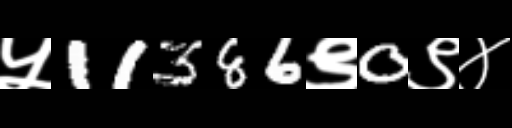
Text: ५11386९0९४